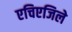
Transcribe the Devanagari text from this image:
एचिएजिले